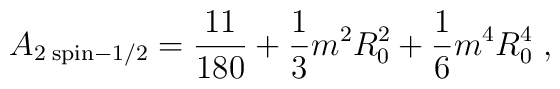
A_{2 \; {\rm {spin}}-1/2}={11\over 180}+{1\over 3}m^{2}R_{0}^{2}+{1\over 6}m^{4}R_{0}^{4} \; ,